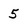
Character: 5